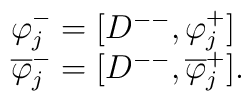
\begin{array}{lcr}\varphi^-_j=[D^{--},\varphi^+_j] \\\overline{\varphi}^-_j=[D^{--},\overline{\varphi}^+_j].\end{array}